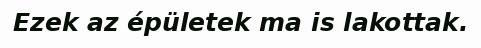
Ezek az épületek ma is lakottak.